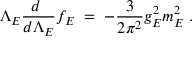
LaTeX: \Lambda _ { E } { \frac { d \ } { d \Lambda _ { E } } } f _ { E } \; = \; - { \frac { 3 } { 2 \pi ^ { 2 } } } g _ { E } ^ { 2 } m _ { E } ^ { 2 } \; .